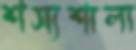
শস্যশালা